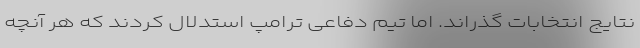
نتایج انتخابات گذراند. اما تیم دفاعی ترامپ استدلال کردند که هر آنچه